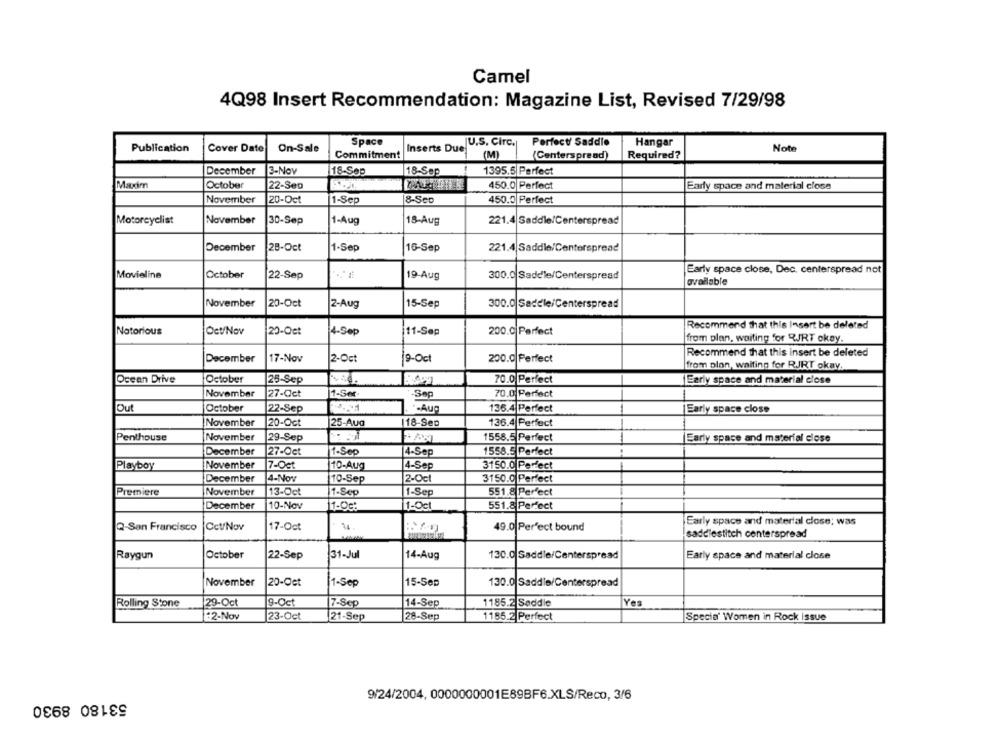
Camel
4Q98 Insert Recommendation: Magazine List, Revised 7/29/98
Space
|U.S. Circ.]
Perfect Saddio
Hangar
Publication
Cover Date
On-Sale
Inserts Due
Note
Commitment
(M)
(Centerspread)
Required?
December
3-Nov
18-Sep
1395.5 Perfect
18-Sep
October
22-Sep
450.0 Perfect
Early space and material close
November
20-Oct
1-Sep
8-Sep
450.0 Perfect
Motorcyclist
November
30-Sep
1-Aug
18-Aug
221.4 Saddle/Centerspread
December
|28-Oct
1-Sep
16-Sep
221.4 Saddle/Centerspread
Movieline
October
Early space close, Dec, centerspread not
22-Sep
19-Aug
300.0 Saddle/Centerspread
available
November
20-Oct
2-Aug
15-Sep
300.0 Saddle/Centerspread
Recommend that this Insert be deleted
Notorious
Oct/Nov
20-Oct
4-Sep
11-Sep
200.0 Perfect
from plan, waiting for RJRT okay.
Recommend that this insert be deleted
December
17-Nov
2-Oct
9-Oct
200.0 Perfect
from plan, waiting for RJRT okay.
Ocean Drive
October
70.0 Perfect
Early space and material close
25-Sep
November
27-Oct
1-Ser-
Sep
70.0 Perfect
Out
October
22-Sep
. .- Aug
136.4 Perfect
|Early space close
November
20-Oct
25-Aug
118-Sep
136.4 Perfect
Penthouse
November
29-Sep
1558.5 Perfect
Early space and material close
December
27-Oct
1-Sep
4-Sep
1558.5 Perfect
Playboy
November
7-Oct
10-Aug
4-Sep
3150.0 Perfect
December
4-Nov
10-Sep
2-Oct
3150.0 Perfect
Premiere
November
13-Oct
17-Sep
1-Sep
551.8 Perfect
December
10-Nov
11-Oc:
1-Oct
551.8 Perfect
Q-San Francisco
OctNov
17-Oct
49.0 Perfect bound
Early space and material close: was
saddlestitch centerspread
Raygun
October
22-Sep
31-Jul
14-Aug
130.0 Saddle/Centerspread
Early space and material close
November
20-Oct
1-Sep
15-Sep
130.0 Saddle/Centerspread
9-Oct
1185.2 Saddle
Yes
Rolling Stone
29-Oct
7-Sep
14-Sep
12-Nov
23-Oct
21-Sep
28-Sep
1185.2 Perfect
Specia' Women in Rock issue
53180 8930
9/24/2004, 0000000001E89BF6.XLS/Reco, 3/6